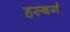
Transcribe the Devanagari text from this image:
हस्बर्ग